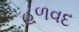
હળવદ